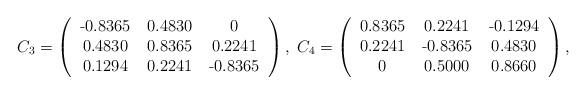
LaTeX: \begin{align*}C_3=\left(\begin{tabular}{ccc} -0.8365 & 0.4830 & 0 \\ 0.4830 & 0.8365 & 0.2241 \\ 0.1294 & 0.2241 & -0.8365\end{tabular}\right),\;C_4=\left(\begin{tabular}{ccc} 0.8365 & 0.2241& -0.1294 \\ 0.2241 & -0.8365 & 0.4830 \\ 0 & 0.5000 & 0.8660\end{tabular}\right),\end{align*}